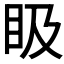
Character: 𥄫